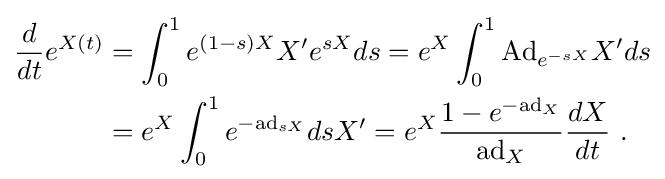
{\begin{aligned}{\frac {d}{dt}}e^{X(t)}&=\int _{0}^{1}e^{(1-s)X}X'e^{sX}ds=e^{X}\int _{0}^{1}\mathrm {Ad} _{e^{-sX}}X'ds\\&=e^{X}\int _{0}^{1}e^{-\mathrm {ad} _{sX}}dsX'=e^{X}{\frac {1-e^{-\mathrm {ad} _{X}}}{\mathrm {ad} _{X}}}{\frac {dX}{dt}}~.\end{aligned}}